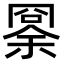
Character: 𠕨